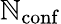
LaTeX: \mathbb{N}_{\mathrm{{conf}}}